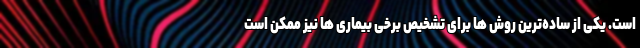
است. یکی از ساده‌ترین روش ها برای تشخیص برخی بیماری ها نیز ممکن است